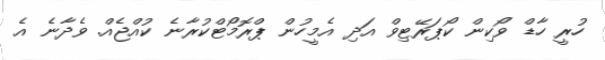
ހުރީ ހާޑް ވޯކިން ކޯޕަރޭޓިވް އަދި އެމީހުން ޕްރޮމޯޓްކުރާނެ ކުއްޖެއް. ވެދާނެ އެ